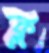
ক্ল